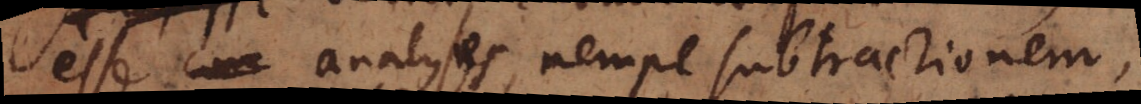
esse analyses, nempe subtractionem,